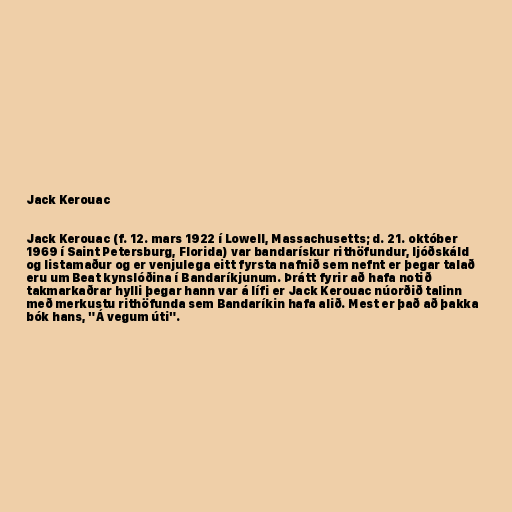
Jack Kerouac

Jack Kerouac (f. 12. mars 1922 í Lowell, Massachusetts; d. 21. október
1969 í Saint Petersburg, Florida) var bandarískur rithöfundur, ljóðskáld
og listamaður og er venjulega eitt fyrsta nafnið sem nefnt er þegar talað
eru um Beat kynslóðina í Bandaríkjunum. Þrátt fyrir að hafa notið
takmarkaðrar hylli þegar hann var á lífi er Jack Kerouac núorðið talinn
með merkustu rithöfunda sem Bandaríkin hafa alið. Mest er það að þakka
bók hans, "Á vegum úti".